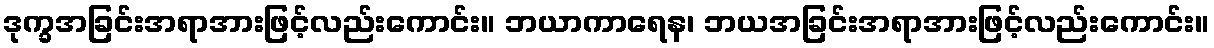
ဒုက္ခအခြင်းအရာအားဖြင့်လည်းကောင်း။ ဘယာကာရေန၊ ဘယအခြင်းအရာအားဖြင့်လည်းကောင်း။